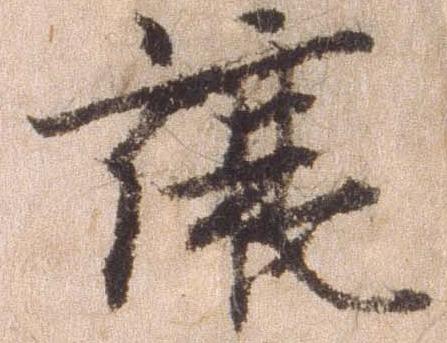
譲